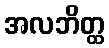
အလဘိတ္ထ